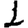
Digit: 1